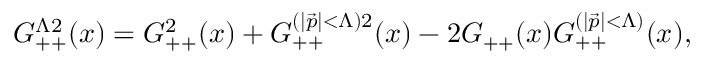
G _ { + + } ^ { \Lambda 2 } ( x ) = G _ { + + } ^ { 2 } ( x ) + G _ { + + } ^ { ( \vert \vec { p } \vert < \Lambda ) 2 } ( x ) - 2 G _ { + + } ( x ) G _ { + + } ^ { ( \vert \vec { p } \vert < \Lambda ) } ( x ) ,